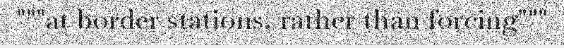
"""at border stations, rather than forcing"""